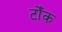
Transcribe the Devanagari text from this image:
टोँक